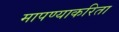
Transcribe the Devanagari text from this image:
मापण्याकरिता